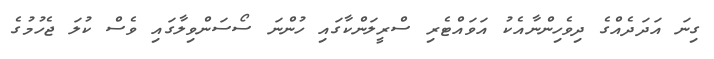
ގިނަ އަދަދެއްގެ ދިވެހިންނާއެކު އަވައްޓެރި ސްރީލަންކާގައި ހުންނަ ސޯސަންވިލާގައި ވެސް ކުލަ ޖެހުމުގެ